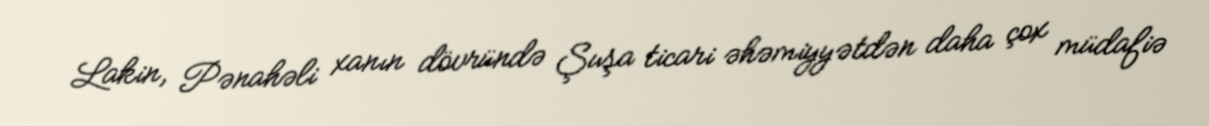
Lakin, Pənahəli xanın dövründə Şuşa ticari əhəmiyyətdən daha çox müdafiə